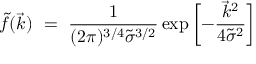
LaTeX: \tilde { f } ( \vec { k } ) \ = \ \frac { 1 } { ( 2 \pi ) ^ { 3 / 4 } \tilde { \sigma } ^ { 3 / 2 } } \exp { \biggl [ - \frac { \vec { k } ^ { 2 } } { 4 \tilde { \sigma } ^ { 2 } } \biggr ] }